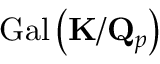
{ \mathrm { G a l } } \left( \mathbf { K } / \mathbf { Q } _ { p } \right)